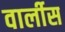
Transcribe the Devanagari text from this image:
वार्लीस